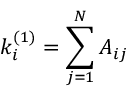
k _ { i } ^ { ( 1 ) } = \sum _ { j = 1 } ^ { N } A _ { i j }